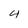
Character: 4